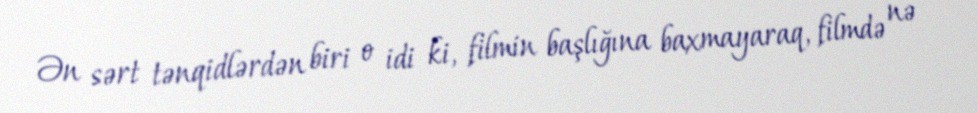
Ən sərt tənqidlərdən biri o idi ki, filmin başlığına baxmayaraq, filmdə nə